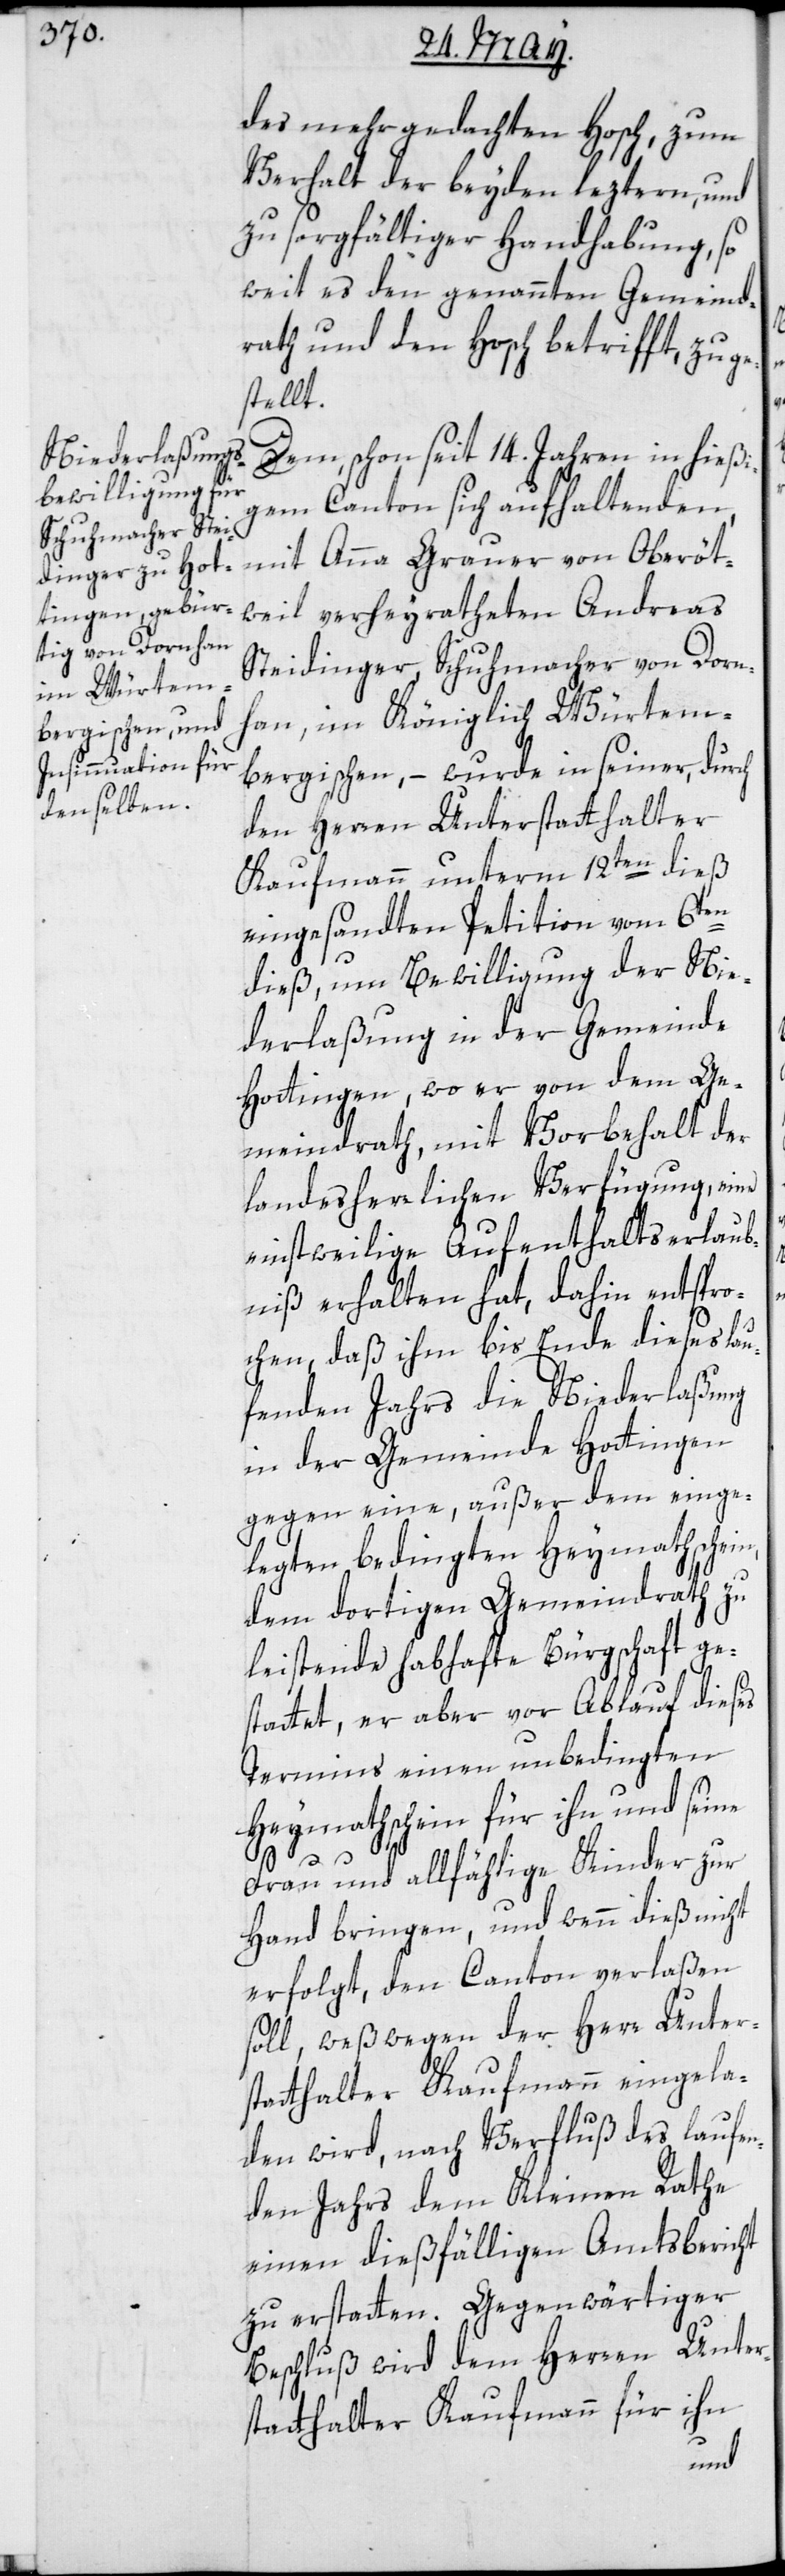
des mehrgedachten Hosch, zum
Verhalt der beyden letztern, und
zu sorgfältiger Handhabung, so
weit es den genannten Gemeind¬
rath und den Hosch betrifft, zuge¬
stellt.
Dem, schon seit 14. Jahren in hießi¬
gem Canton sich aufhaltenden,
mit Anna Grauer von Oberöt¬
weil verheyratheten Andreas
Steidinger, Schuhmacher von Dorn¬
han, im Königlich Würtem¬
bergischen, – wurde in seiner, durch
den Herren Unterstatthalter
Kaufmann unterm 12ten dieß
eingesandten Petition vom 6ten
dieß, um Bewilligung der Nie¬
derlaßung in der Gemeinde
Hottingen, wo er von dem Ge¬
meindrath, mit Vorbehalt der
landesherrlichen Verfügung, eine
einstweilige Aufenthaltserlaub¬
nis erhalten hat, dahin entspro¬
chen, daß ihm bis Ende dieses lau¬
fenden Jahrs die Niederlaßung
in der Gemeinde Hottingen
gegen eine, außer dem einge¬
legten bedingten Heymathschei¬
dem dortigen Gemeindrath zu
leistende habhafte Bürgschaft ge¬
stattet, er aber vor Ablauf dieses
Termins einen unbedingten
Heymathschein für ihn und seine
Frau und allfählige Kinder zur
Hand bringen, und wenn dieß nicht
erfolgt, den Canton verlaßen
soll, weßwegen der Herr Unter¬
statthalter Kaufmann eingela¬
den wird, nach Verfluß des laufen¬
den Jahrs dem Kleinen Rathe
einen dießfälligen Amtsbericht
zu erstatten. Gegenwärtiger
Beschluß wird dem Herren Unter¬
statthalter Kaufmann für ihn
n,